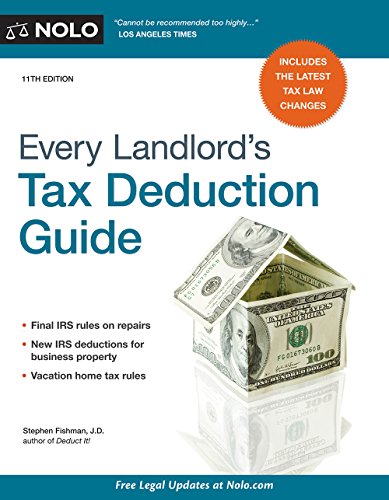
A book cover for Every Landlord's Tax Deduction Guide; Stephen Fishman J.D.; Business & Money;